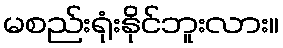
မစည်းရုံးနိုင်ဘူးလား။